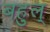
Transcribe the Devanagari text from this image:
बहुल्